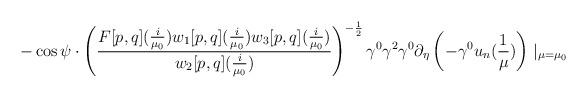
LaTeX: \begin{align*} -\cos\psi\cdot\left(\frac{F[p,q](\frac{i}{\mu_{0}})w_{1}[p,q](\frac{i}{\mu_{0}})w_{3}[p,q](\frac{i}{\mu_{0}})}{w_{2}[p,q](\frac{i}{\mu_{0}})}\right)^{-\frac{1}{2}}\gamma^{0}\gamma^{2}\gamma^{0}\partial_{\eta}\left(-\gamma^{0}u_{n}(\frac{1}{\mu})\right)\mid_{\mu=\mu_{0}} \end{align*}